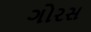
ગોરસ